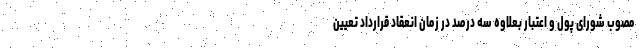
مصوب شورای پول و اعتبار بعلاوه سه درصد در زمان انعقاد قرارداد تعیین